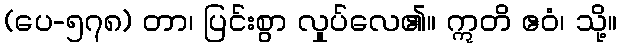
(ပေ-၅၇၈) တာ၊ ပြင်းစွာ လှုပ်လေ၏။ ဣတိ ဧဝံ၊ သို့။